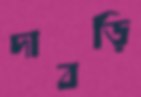
দাবড়ি